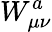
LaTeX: W_{\mu\nu}^{a}